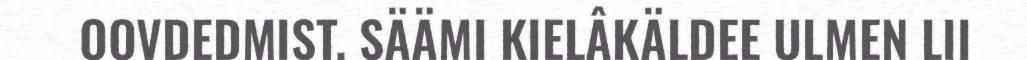
OOVDEDMIST. SÄÄMI KIELÂKÄLDEE ULMEN LII